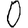
Digit: 0